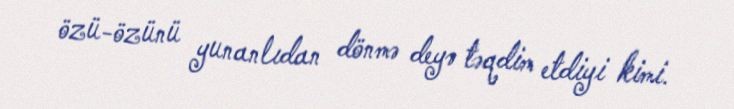
özü-özünü yunanlıdan dönmə deyə təqdim etdiyi kimi.